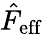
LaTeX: \hat{F}_{\mathrm{eff}}